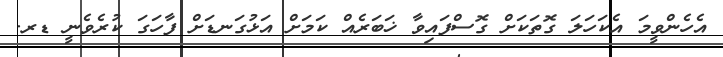
އެހެންވީމަ އެކަހަލަ ގޮތަކަށް ގޮސްފައިވާ ޚަބަރެއް ކަމަށް އަޅުގަނޑަށް ފާހަގަ ކުރެވެނީ ޑރ.